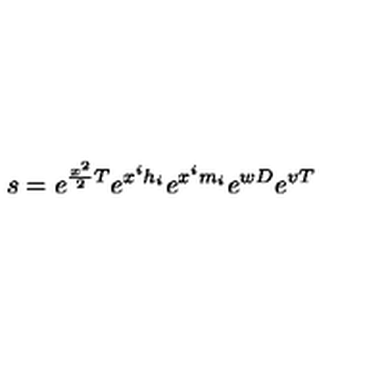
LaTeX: s = e ^ { { \frac { x ^ { 2 } } { 2 } } T } e ^ { x ^ { i } h _ { i } } e ^ { x ^ { i } m _ { i } } e ^ { w D } e ^ { v T }